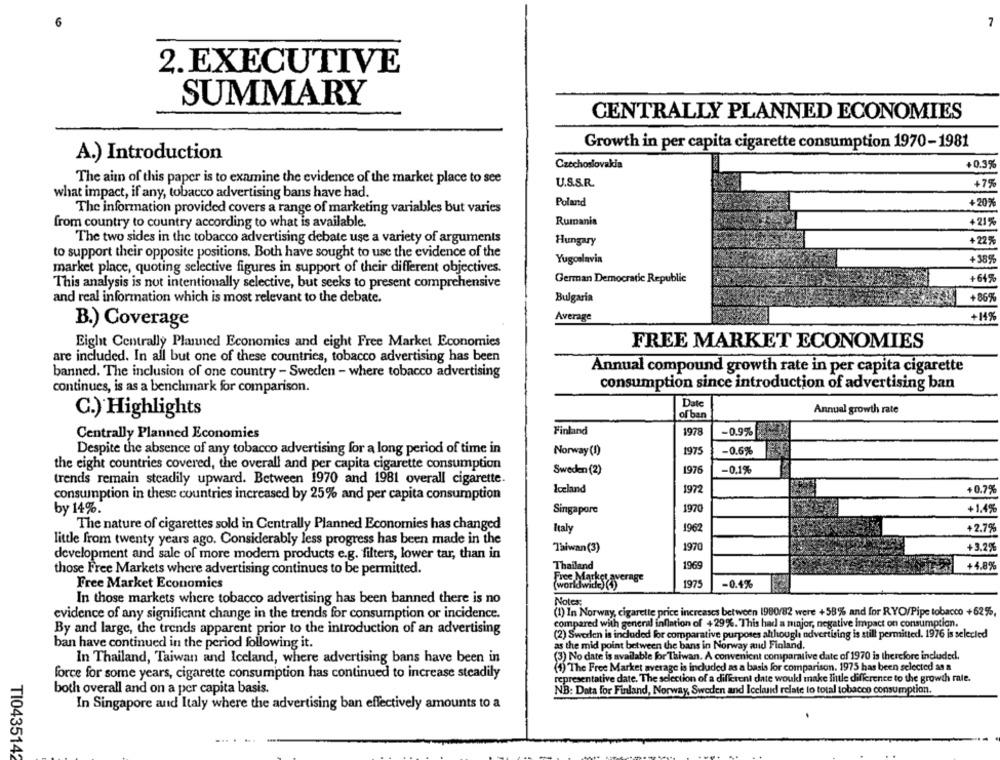
7
2. EXECUTIVE
SUMMARY
CENTRALLY PLANNED ECONOMIES
Growth in per capita cigarette consumption 1970-1981
A.) Introduction
Czechoslovakia
+0.3%
The aim of this paper is to examine the evidence of the market place to see
U.S.S.R.
+7%
what impact, if any, tobacco advertising bans have had.
Poland
+20%
The information provided covers a range of marketing variables but varies
Rumania
from country to country according to what is available.
+21%
The two sides in the tobacco advertising debate use a variety of arguments
Hungary
+225
to support their opposite positions. Both have sought to use the evidence of the
+389
Yugoslavia
market place, quoting selective figures in support of their different objectives.
German Democratic Republic
+64%
This analysis is not intentionally selective, but seeks to present comprehensive
and real information which is most relevant to the debate.
Bulgaria
+869
Average
+14%
B.) Coverage
Eight Centrally Planned Economics and eight Free Market Economies
FREE MARKET ECONOMIES
are included. In all but one of these countries, tobacco advertising has been
banned. The inclusion of one country - Sweden - where tobacco advertising
Annual compound growth rate in per capita cigarette
consumption since introduction of advertising ban
continues, is as a benchmark for comparison.
Date
Annual growth rate
C.) Highlights
of ban
Finland
1978
-0.9%
Centrally Planned Economies
Despite the absence of any tobacco advertising for a long period of time in
Norway(!)
1975
-0.6%
the eight countries covered, the overall and per capita cigarette consumption
Sweden (2)
1976
-0.1%
trends remain steadily upward. Between 1970 and 1981 overall cigarette.
Iceland
197
+0.7%
consumption in these countries increased by 25% and per capita consumption
by 14%.
Singapore
197
+1.4%
The nature of cigarettes sold in Centrally Planned Economies has changed
Italy
1962
+2.7%
little from twenty years ago. Considerably less progress has been made in the
Taiwan(3)
development and sale of more modern products e.g. filters, lower tar, than in
1970
+3.2%
those Free Markets where advertising continues to be permitted.
Thailand
1969
+4.8%
Free Market average
Free Market Economics
(worldwide) (4)
1975
-0.4%
In those markets where tobacco advertising has been banned there is no
Notes:
evidence of any significant change in the trends for consumption or incidence.
(1) In Norway, cigarette price increases between 1980/82 were +58% and for RYO/Pipe tobacco +62%,
compared with general inflation of +29%. This had a major, negative impact on consumption.
By and large, the trends apparent prior to the introduction of an advertising
(2) Swerlen is included for comparative purposes although advertising is still permitted. 1976 is selected
ban have continued in the period following it.
as the mid point between the bans in Norway and Finland.
In Thailand, Taiwan and Iceland, where advertising bans have been in
(3) No date is available for Taiwan. A convenient comparative date of 1970 is therefore included.
(4) The Free Market average is included as a basis for comparison. 1975 has been selected as a
force for some years, cigarette consumption has continued to increase steadily
representative date. The selection of a different date woukl make little difference to the growth rate.
both overall and on a per capita basis.
NB: Data for Finland, Norway, Sweden and Iceland relate to total tobacco consumption.
In Singapore and Italy where the advertising ban effectively amounts to a
TI0435142